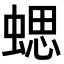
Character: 𧍤